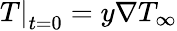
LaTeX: {\left.T\right|_{t=0}}=y\nabla{T_{\infty}}